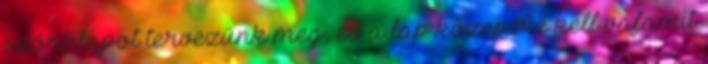
szórólapot tervezünk meg, és a lap közepére kell valamit